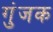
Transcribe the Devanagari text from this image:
गुंजक